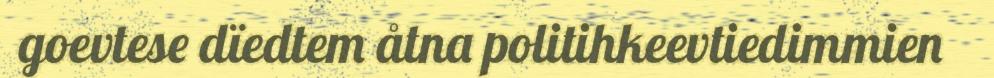
goevtese dïedtem åtna politihkeevtiedimmien